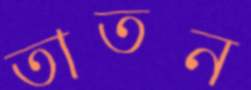
তাতন